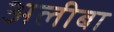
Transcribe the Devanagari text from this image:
अलीबा